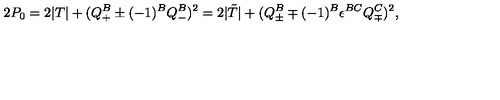
2 P _ { 0 } = 2 | T | + ( Q _ { + } ^ { B } \pm ( - 1 ) ^ { B } Q _ { - } ^ { B } ) ^ { 2 } = 2 | { \tilde { T } } | + ( Q _ { \pm } ^ { B } \mp ( - 1 ) ^ { B } \epsilon ^ { B C } Q _ { \mp } ^ { C } ) ^ { 2 } ,